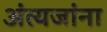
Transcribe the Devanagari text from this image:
अंत्यजांना